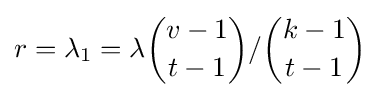
r=\lambda _{1}=\lambda {v-1 \choose t-1}/{k-1 \choose t-1}